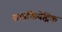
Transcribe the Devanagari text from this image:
साइकियेट्रिक